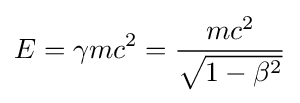
E=\gamma mc^{2}={\frac {mc^{2}}{\sqrt {1-\beta ^{2}}}}